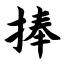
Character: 捧